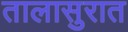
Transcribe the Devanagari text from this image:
तालासुरात